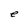
Character: e